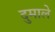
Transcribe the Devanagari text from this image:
दुमाले